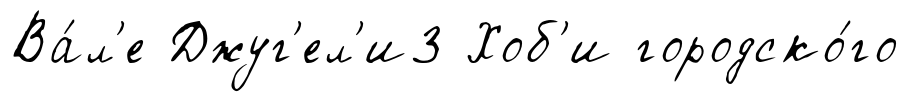
Ва́л'е Джуг'ел'и3 Хоб'и городско́го